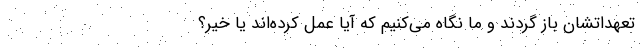
تعهداتشان باز گردند و ما نگاه می‌کنیم که آیا عمل کرده‌اند یا خیر؟